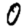
Digit: 0